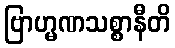
ဗြာဟ္မဏသစ္စာနီတိ